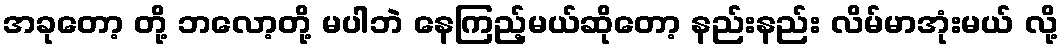
အခုတော့ တို့ ဘလော့တို့ မပါဘဲ နေကြည့်မယ်ဆိုတော့ နည်းနည်း လိမ်မာအုံးမယ် လို့